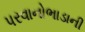
પરવાનોભાડાની